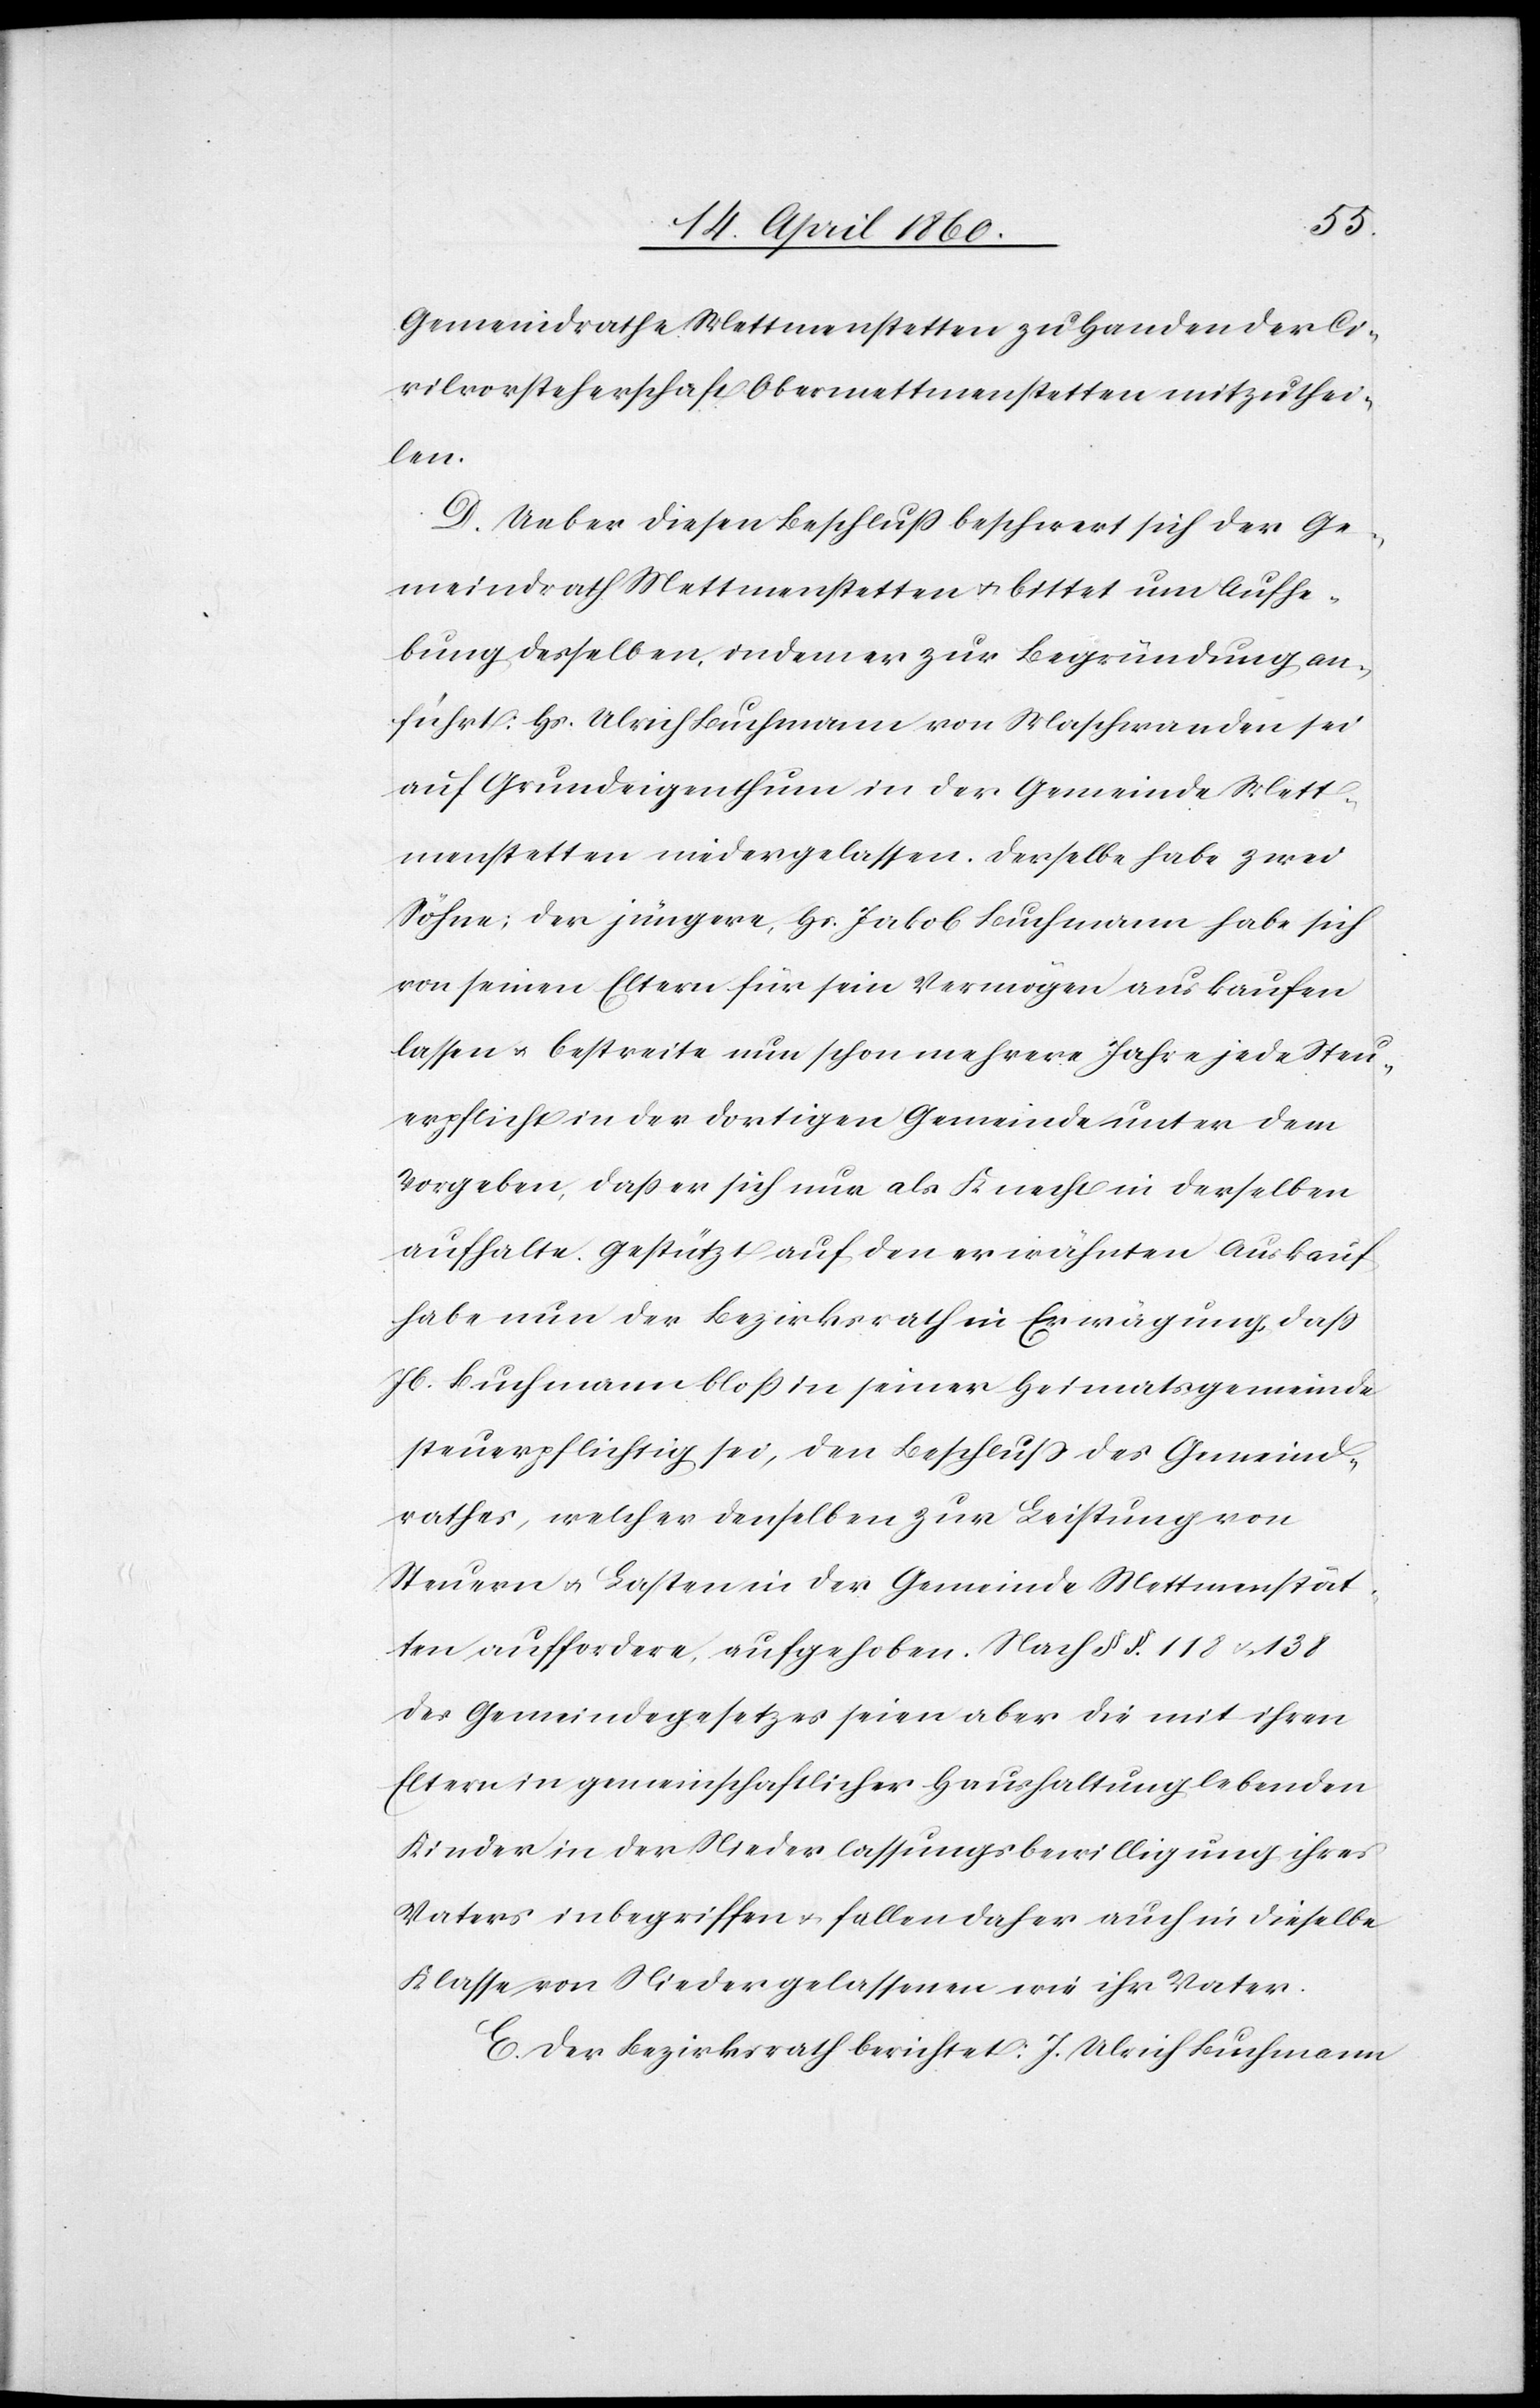
Gemeindrathe Mettmenstetten zu Handen der Ci¬
vilvorsteherschaft Obermettmenstetten mitzuthei¬
len.
D. Ueber diesen Beschluss beschwert sich der Ge¬
meindrath Mettmenstetten u. bittet um Aufhe¬
bung desselben, indem er zur Begründung an¬
führt: Hs. Ulrich Buchmann von Maschwanden sei
auf Grundeigenthum in der Gemeinde Mett¬
menstetten niedergelassen. Derselbe habe zwei
Söhne; der jüngere, Hs. Jakob Buchmann habe sich
von seinen Eltern für sein Vermögen auskaufen
lassen u. bestreite nun schon mehrere Jahre jede Steu¬
erpflicht in der dortigen Gemeinde unter dem
Vorgeben, dass er sich nur als Knecht in derselben
aufhalte. Gestützt auf den erwähnten Auskauf
habe nun der Bezirksrath in Erwägung, dass
Jb. Buchmann bloss in seiner Heimatsgemeinde
steuerpflichtig sei, den Beschluß des Gemeind¬
rathes, welcher denselben zur Leistung von
Steuern u. Lasten in der Gemeinde Mettmenstät¬
ten auffordere, aufgehoben. Nach §§. 118 u. 138
des Gemeindegesetzes seien aber die mit ihren
Eltern in gemeinschaftlicher Haushaltung lebenden
Kinder in der Niederlassungsbewilligung ihres
Vater inbegriffen u. fallen daher auch in dieselbe
Klasse von Niedergelassenen wie ihr Vater.
E. Der Bezirksrath berichtet: J. Ulrich Buchmann